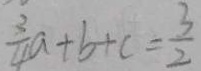
\frac { 3 } { 4 } a + b + c = \frac { 3 } { 2 }